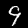
Label: 9